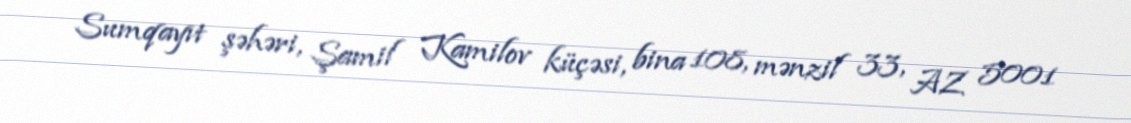
Sumqayıt şəhəri, Şamil Kamilov küçəsi, bina 108, mənzil 33, AZ 5001